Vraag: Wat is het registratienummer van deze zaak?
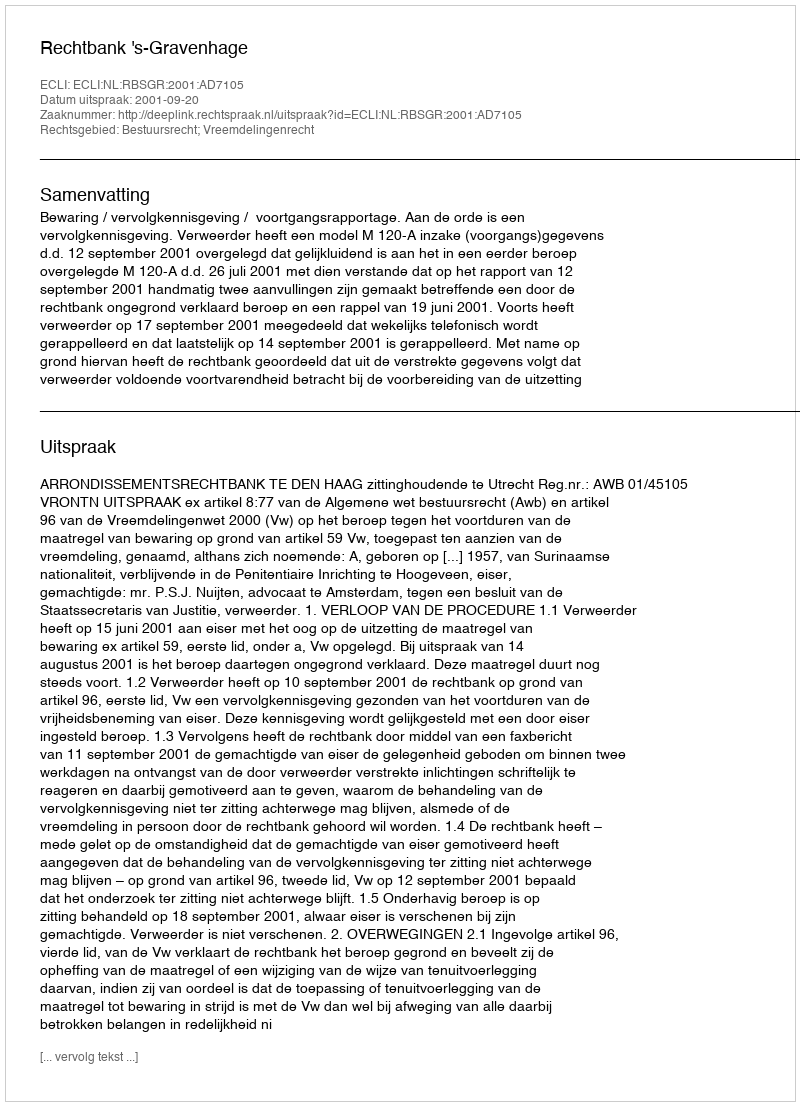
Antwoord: http://deeplink.rechtspraak.nl/uitspraak?id=ECLI:NL:RBSGR:2001:AD7105